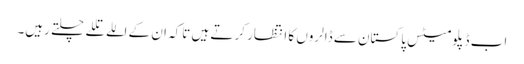
اب ڈپلومیٹس پاکستان سے ڈالروں کا انتظار کرتے ہیں تاکہ ان کے اللے تللے چلتے رہیں۔